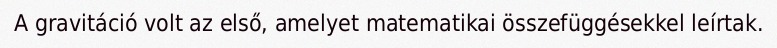
A gravitáció volt az első, amelyet matematikai összefüggésekkel leírtak.